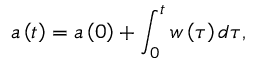
a \left( t \right) = a \left( 0 \right) + \int _ { 0 } ^ { t } w \left( \tau \right) d \tau ,